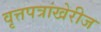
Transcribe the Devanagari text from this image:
वृत्तपत्रांखेरीज